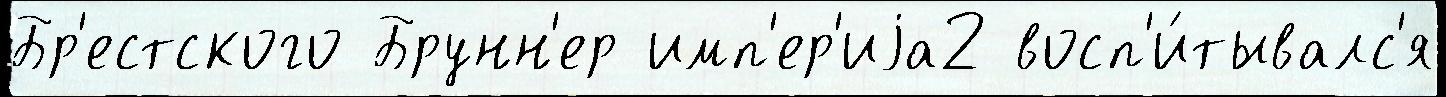
Бр'естского Брунн'ер имп'ер'иjа2 восп'и́тывалс'я